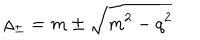
LaTeX: \rho _ { \pm } = m \pm \sqrt { m ^ { 2 } - q ^ { 2 } }